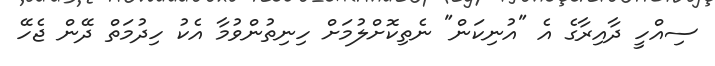
ސިއްހީ ދާއިރާގެ އެ "އުނިކަން" ނެތިކޮށްލުމަށް ހިނިތުންވުމާ އެކު ހިދުމަތް ދޭން ޖެހޭ